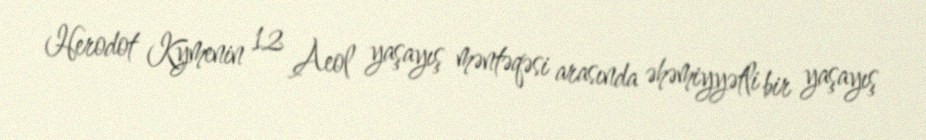
Herodot Kymenin 12 Aeol yaşayış məntəqəsi arasında əhəmiyyətli bir yaşayış